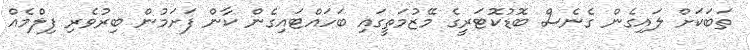
ތަބަކަށް ލައިގެން ގެނެސް ބޮޑުކޮޓަރީގެ މޭޒުމަތީގައި ބަހައްޓައިގެން ކާން ފަށަމުން ބިރުވެރި ފިލްމެއް